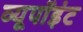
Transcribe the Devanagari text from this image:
व्यूपॉइंट